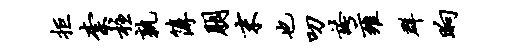
拒柰柱孰簿朋末也叨夸雍群晌